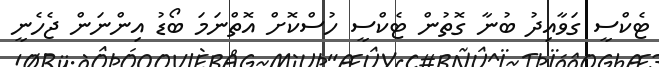
ޓެކްސީ ގަވާއިދު ބުނާ ގޮތުން ޓެކްސީ ހުސްކޮށް އޮތްނަމަ ބޯޑު އިންނަން ޖެހެނީ